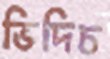
ভিদিচ